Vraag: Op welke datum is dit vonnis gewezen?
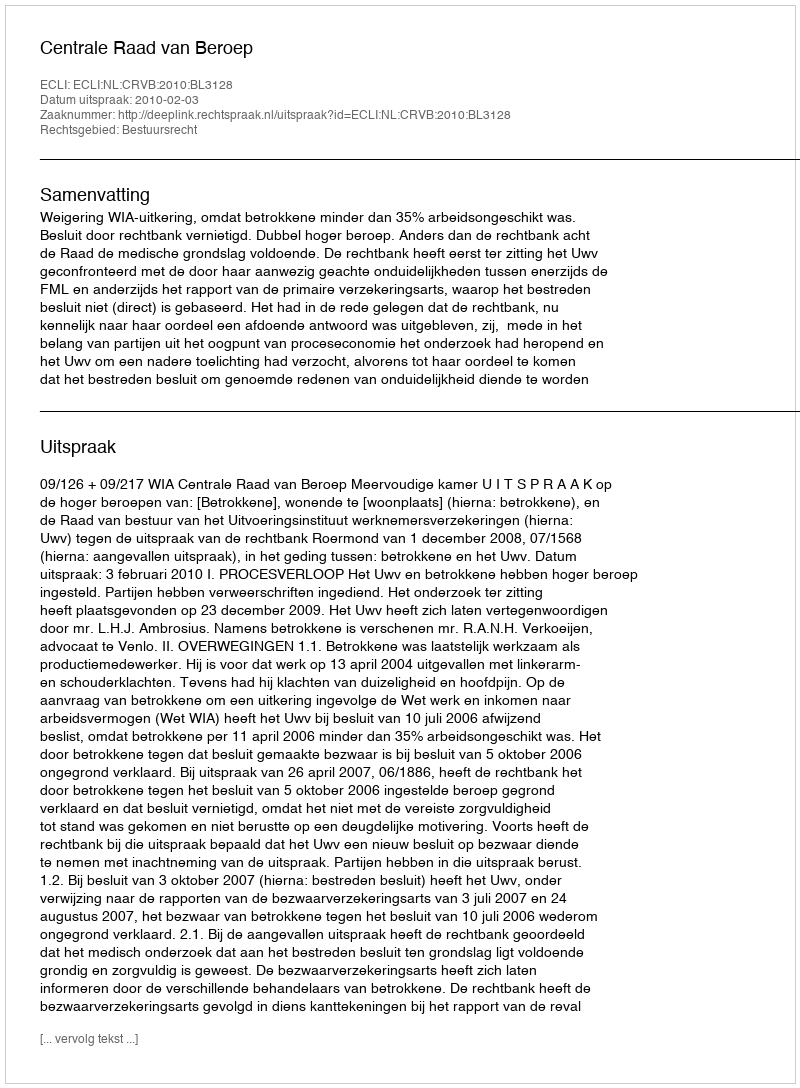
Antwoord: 2010-02-03